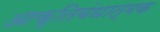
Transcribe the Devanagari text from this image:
आकृतिबंधात्मक